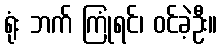
ရုံး ဘက် ကြုံရင်၊ ဝင်ခဲ့ဦး။